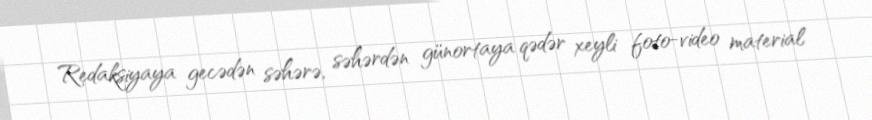
Redaksiyaya gecədən səhərə, səhərdən günortaya qədər xeyli foto-video material